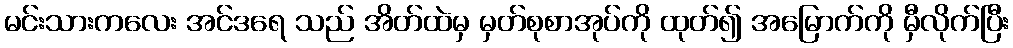
မင်းသားကလေး အင်ဒရေ သည် အိတ်ထဲမှ မှတ်စုစာအုပ်ကို ထုတ်၍ အမြောက်ကို မှီလိုက်ပြီး